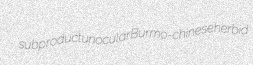
subproduct unocular Burmo-chinese herbid